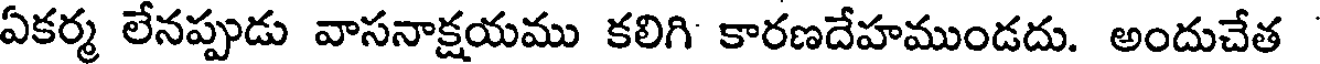
ఏకర్మ లేనప్పుడు వాసనాక్షయము కలిగి కారణదేహముండదు. అందుచేత